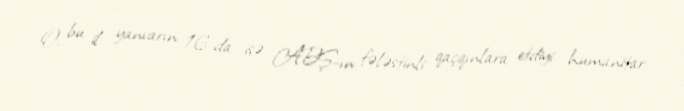
O, bu il yanvarın 16-da isə ABŞ-ın fələstinli qaçqınlara etdiyi humanitar